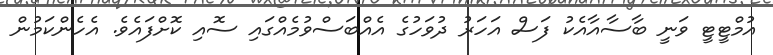
އުމްޓީޓީ ވަނީ ބާސާއާއެކު ފަސް އަހަރު ދުވަހުގެ އެއްބަސްވުމެއްގައި ސޮއި ކޮށްފައެވެ. އެހެންކަމުން